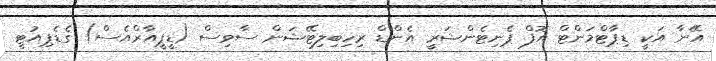
އޭނާ އަކީ ޑިޕާޓްމަންޓް އޮފް ޕެނިޓެންޝަރީ އެންޑް ރިހިބިލިޓޭޝަން ސާވިސް (ޑީޕީއާރްއެސް) ގެޑެޕިއުޓީ